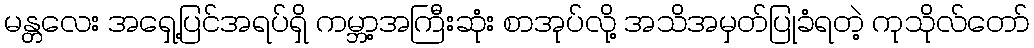
မန္တလေး အရှေ့ပြင်အရပ်ရှိ ကမ္ဘာ့အကြီးဆုံး စာအုပ်လို့ အသိအမှတ်ပြုခံရတဲ့ ကုသိုလ်တော်